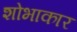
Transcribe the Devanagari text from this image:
शोभाकार